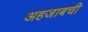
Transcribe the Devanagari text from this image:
अहजाबची